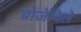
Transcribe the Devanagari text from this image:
ब्रोंज़ेविले